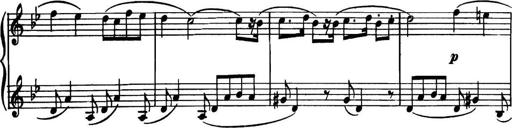
Title: Piano Sonatina in G minor
Composer: John Blackwood McEwen
Key: G minor